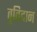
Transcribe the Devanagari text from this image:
वृतिदान